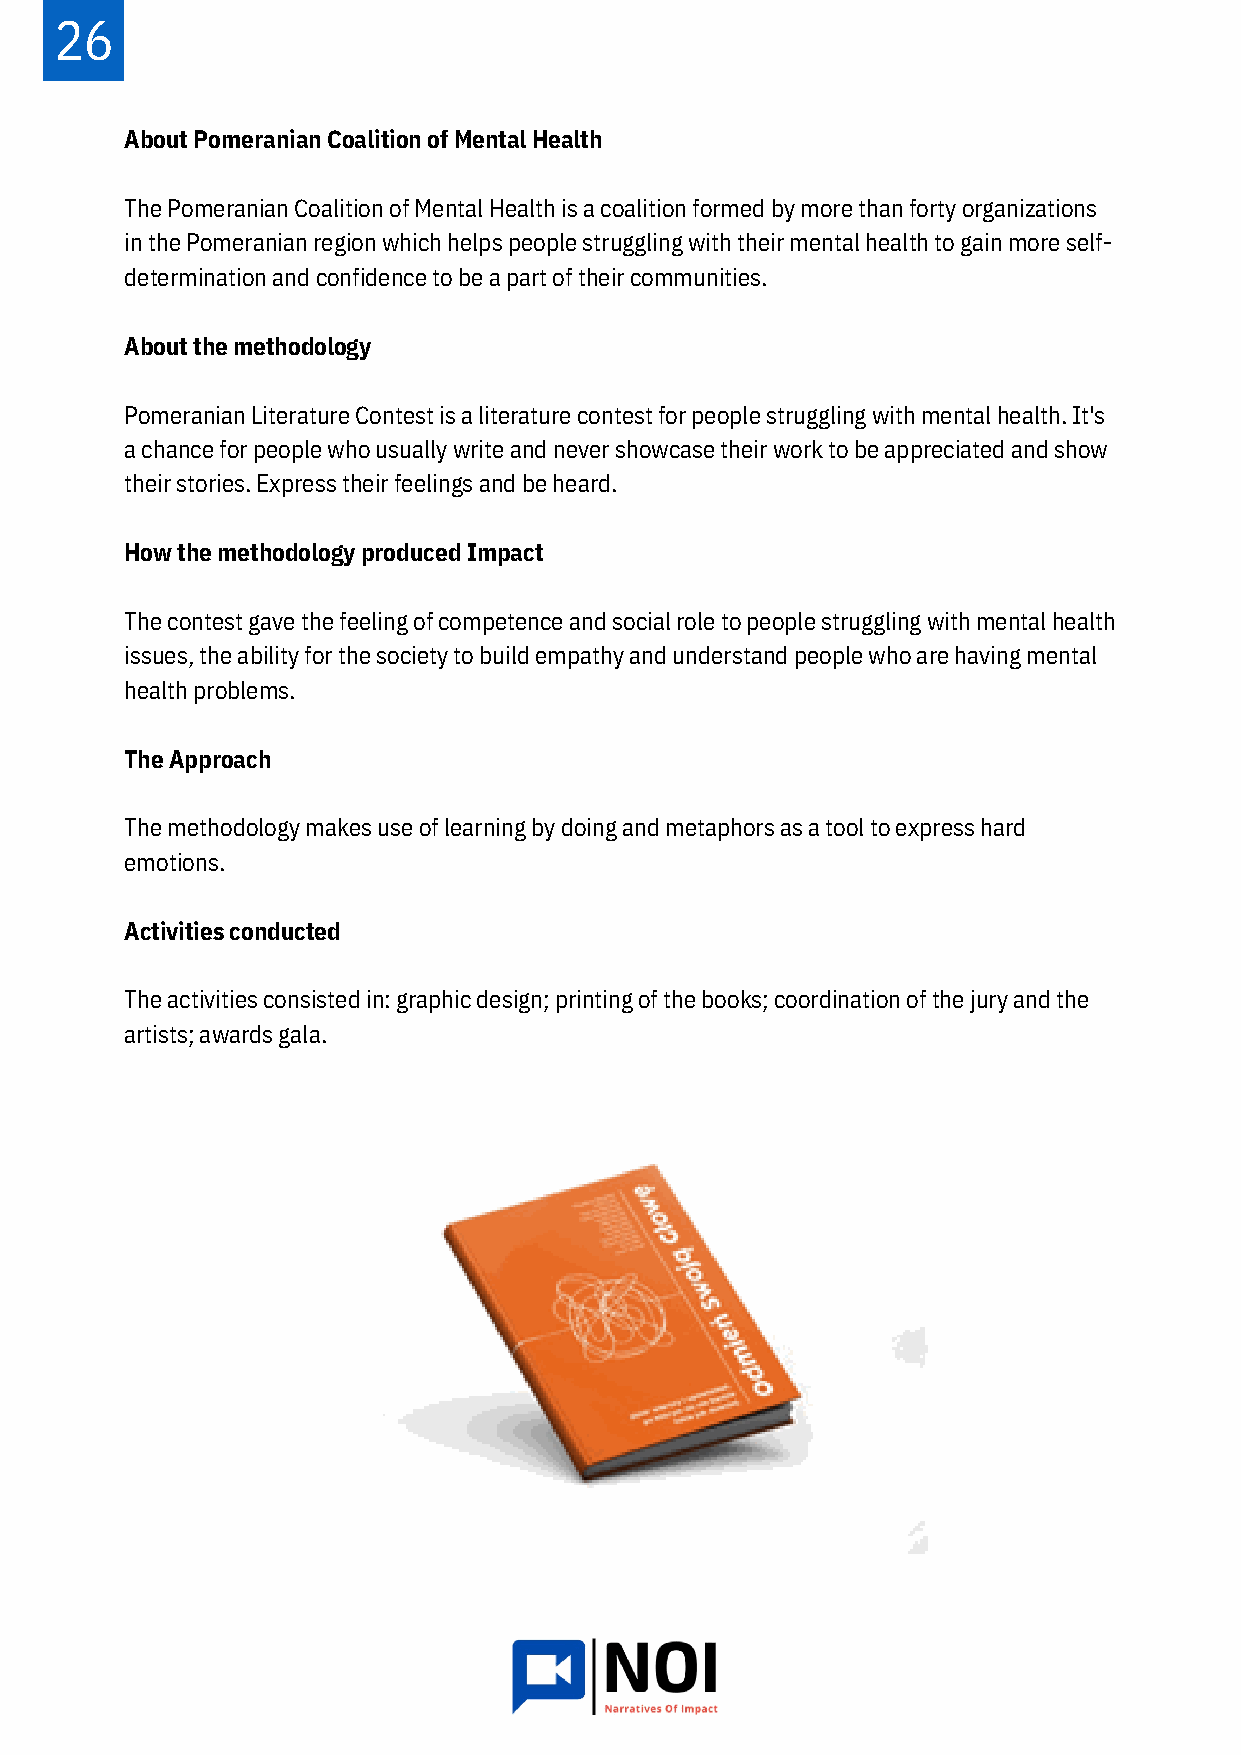
26
 About Pomeranian Coalition of Mental Health
 The Pomeranian Coalition of Mental Health is a coalition formed by more than forty organizations
 in the Pomeranian region which helps people struggling with their mental health to gain more self-
 determination and confidence to be a part of their communities.
 About the methodology
 Pomeranian Literature Contest is a literature contest for people struggling with mental health. It's
 a chance for people who usually write and never showcase their work to be appreciated and show
 their stories. Express their feelings and be heard.
 How the methodology produced Impact
 The contest gave the feeling of competence and social role to people struggling with mental health
 issues, the ability for the society to build empathy and understand people who are having mental
 health problems.
 The Approach
 The methodology makes use of learning by doing and metaphors as a tool to express hard
 emotions.
 Activities conducted
 The activities consisted in: graphic design; printing of the books; coordination of the jury and the
 artists; awards gala.